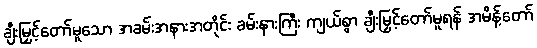
ချီးမြှင့်တော်မူသော အခမ်းအနားအတိုင်း ခမ်းနားကြီး ကျယ်စွာ ချီးမြှင့်တော်မူရန် အမိန့်တော်